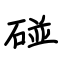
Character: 碰